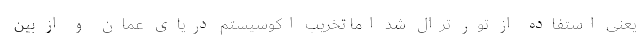
یعنی استفاده از تور ترال شد اما تخریب اکوسیستم دریای عمان و از بین